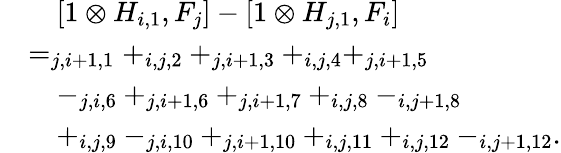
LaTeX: \begin{array}{rl}&{\quad[1\otimes H_{i,1},F_{j}]-[1\otimes H_{j,1},F_{i}]}\\ &{=_{j,i+1,1}+_{i,j,2}+_{j,i+1,3}+_{i,j,4}+_{j,i+1,5}}\\ &{\quad-_{j,i,6}+_{j,i+1,6}+_{j,i+1,7}+_{i,j,8}-_{i,j+1,8}}\\ &{\quad+_{i,j,9}-_{j,i,10}+_{j,i+1,10}+_{i,j,11}+_{i,j,12}-_{i,j+1,12}.}\end{array}